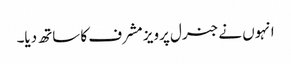
انہوں نے جنرل پرویز مشرف کا ساتھ دیا۔